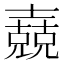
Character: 𡕁